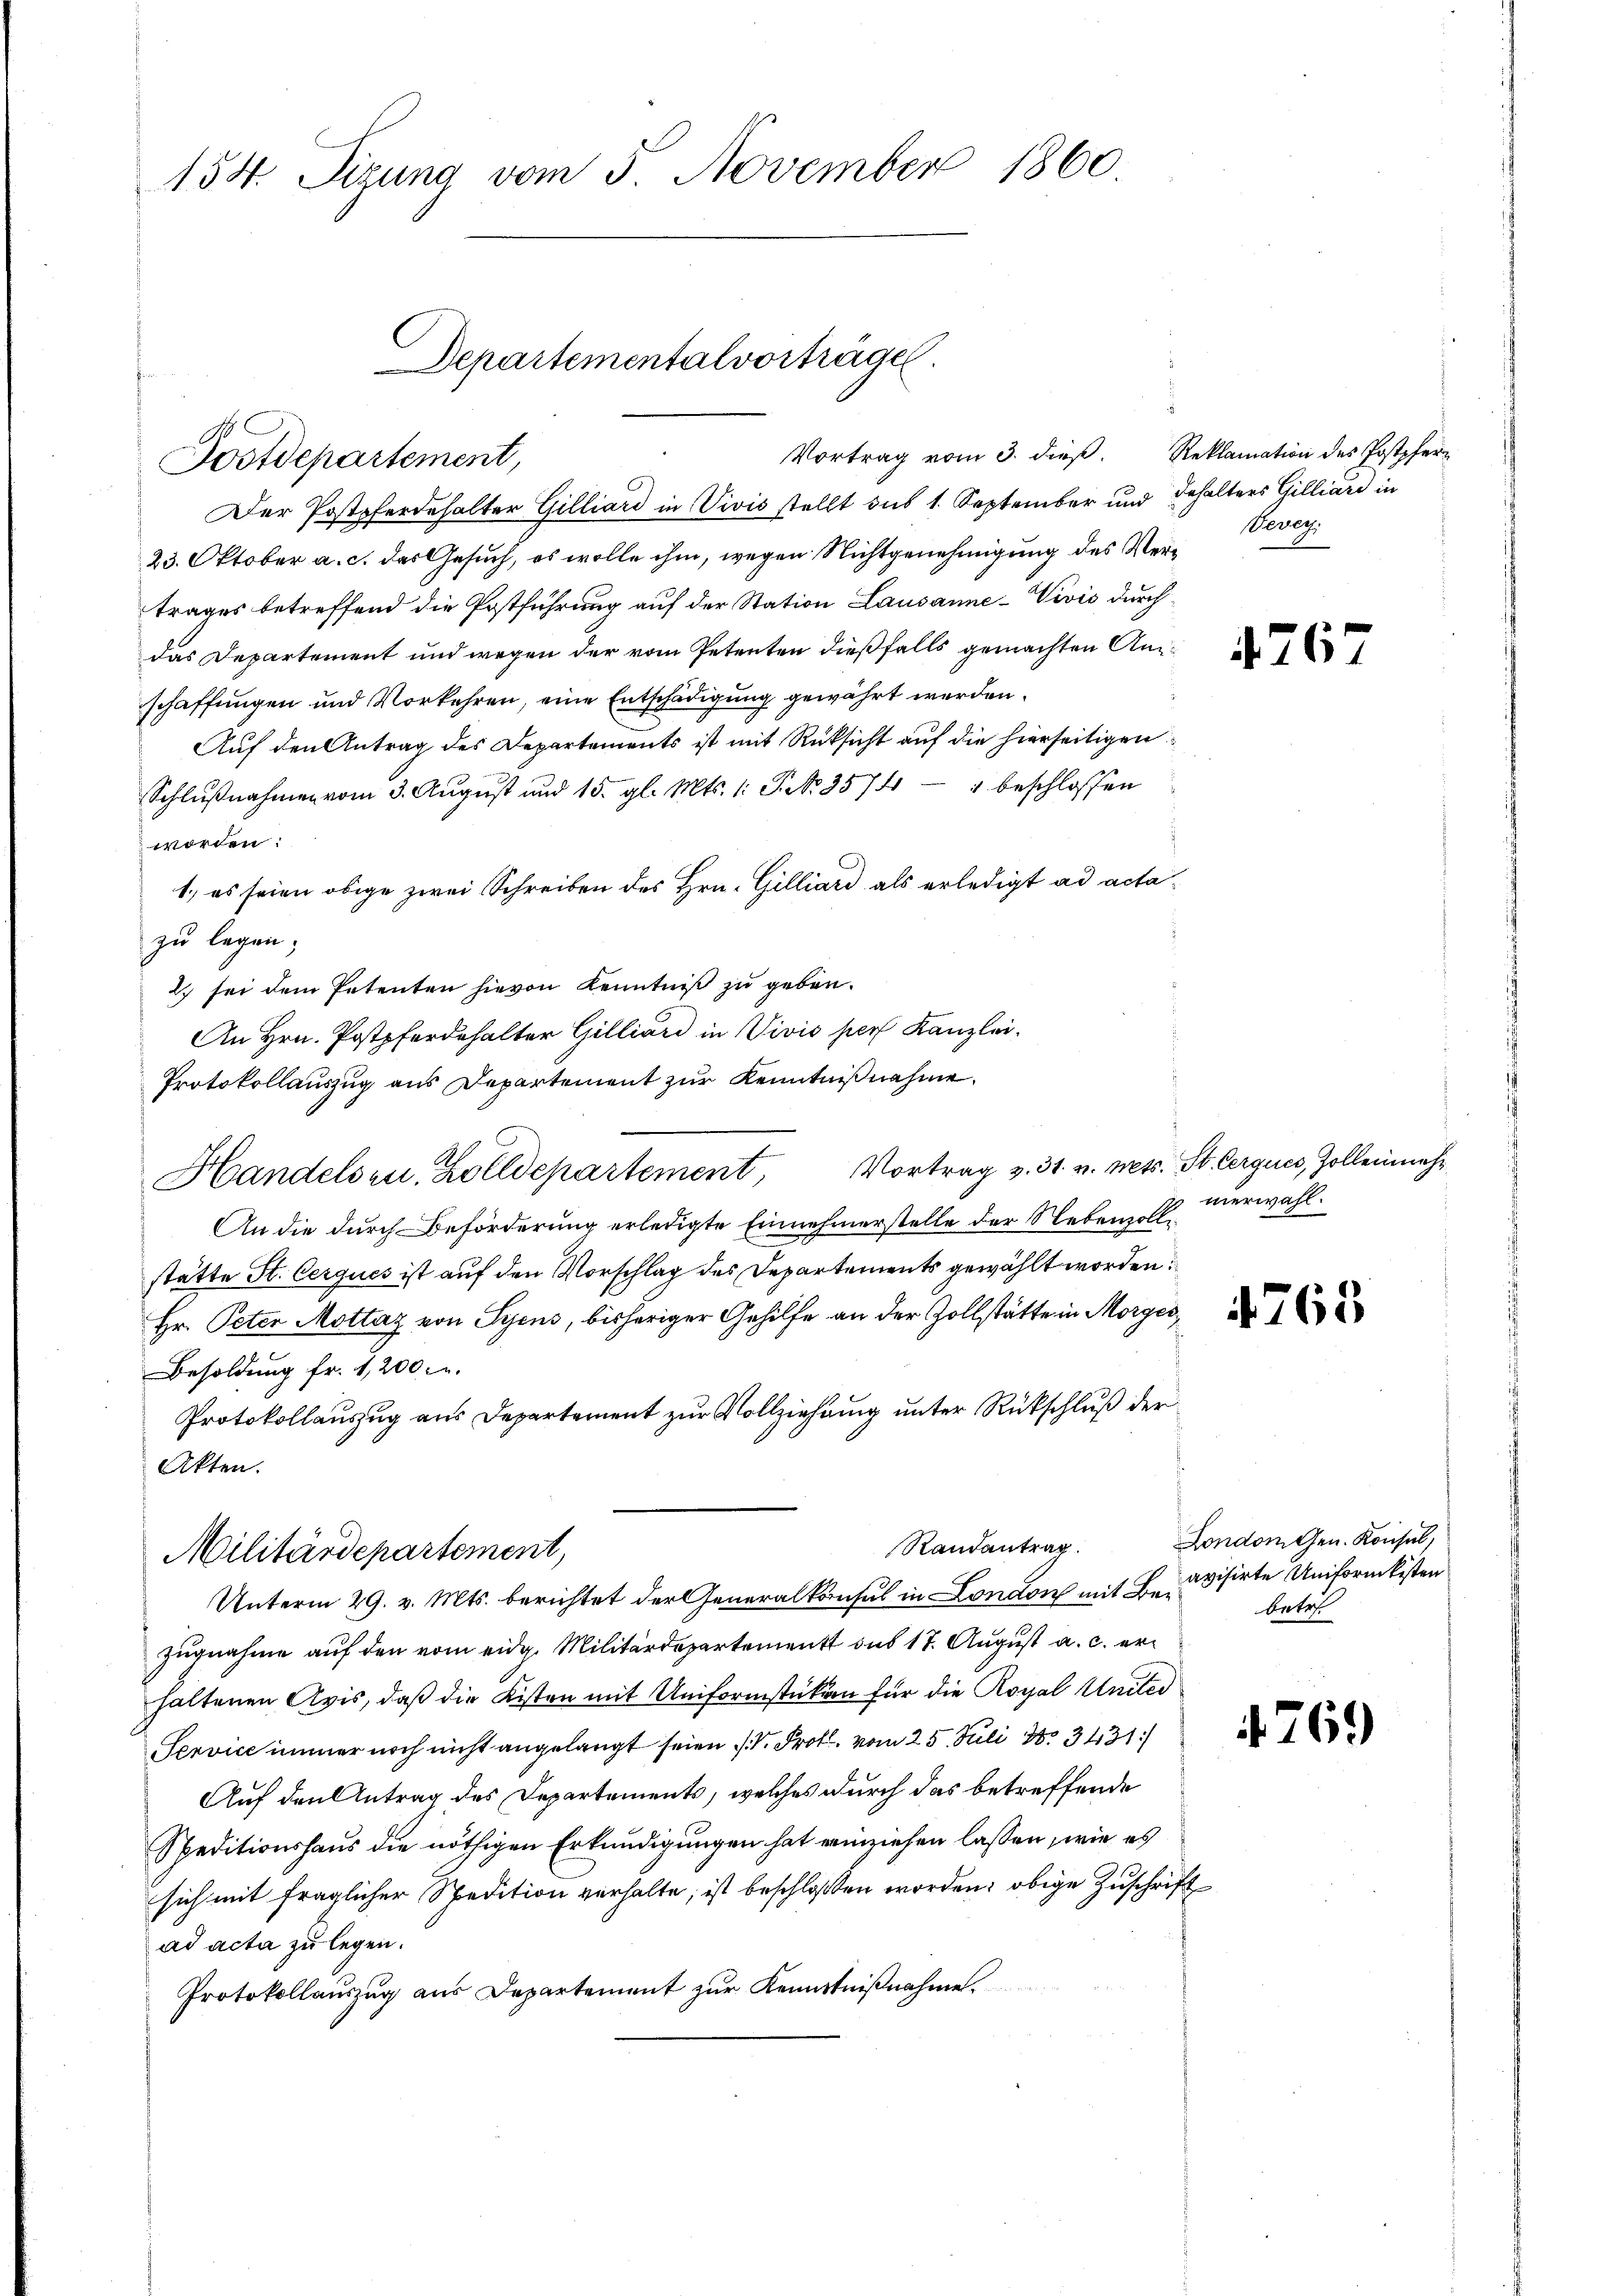
154. Sizung vom 5. November 1860.

Der Postpferdehalter Gilliard in Vivis stellt sub 1. September und Inhalters Gilliard in
23. Oktober a. c. das Gesuch, es wolle ihm, wegen Nichtgenehmigung des Vertrages betreffend die Postführung auf der Station Lausanne-Vivis durchdas Departement und wegen der vom Petenten dießfalls gemachten Anschaffungen und Vorkehren, eine Entschädigung gewährt werden.
Auf den Antrag des Departements ist mit Rüksicht auf die hierseitigen
Schlußnahmen vom 3. August und 15. gl. Mts. 1: P. Nr. 3574 - " beschlossen
worden:
1.) es seien obige zwei Schreiben des Hrn. Gilliard als erledigt ad actazu legen;
2 sei dem Petenten hievon Kenntniß zu geben.
An Hrn. Postpferdehalter Gilliard in Vivio pers Kanzlei-
Protokollauszug aus Departement zur Kenntnißnahme.
Handelsen Zolldepartement, Vortrag v. 31. v. Mts. St. Cerques, Zollenmehr
An die durch Beförderung erledigte Einnehmerstelle der Nebenzollstätte St. Cerques ist auf den Vorschlag des Departements gewählt worden
Hr. Peter Mottaz von Syens, bisheriger Gehilfe an der Zollstätte in Morges,
Besoldung fr. 2,200.
Protokollauszug aus Departement zur Vollziehung unter Rückschluß der
Akten.
Randantrag
Militärdepartement,
Unterm 29. v. Mts. berichtet der Generalkonsul in London mit Be¬
Zugnahme auf den vom eidg. Militärdepartement des 17. August a. c. erhaltenen Avis, daß die Kisten mit Uniformstüken für die Royal Unter
Service immer noch nicht angelangt seien 1. Prof. vom 25. Juli 18. 3431)
Auf den Antrag des Departements, welches durch das betreffende
Speditionshaus die nöthigen Erkundigungen hat einziehen lassen, wie es
sich mit fraglicher Spedition verhalte, ist beschlossen worden, obige Zuschrift
ad acta zu legen.
Protokollauszug aus Departement zur Kenntnißnahme.

Departementalvorträge.
Vortrag vom 3. dieβ. Reklamation des Postpfern
Postdepartement,

Wever

426

merwahl.

4763

London Gen. Konsul,
avisirte Uniformkisten
betr.

4769